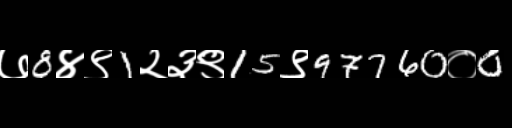
Text: ७8४९1२३९15९97760०0